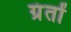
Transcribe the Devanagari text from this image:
ग्रंतों